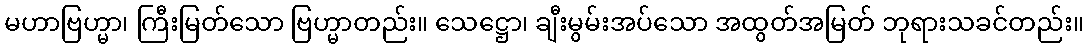
မဟာဗြဟ္မာ၊ ကြီးမြတ်သော ဗြဟ္မာတည်း။ သေဋ္ဌော၊ ချီးမွမ်းအပ်သော အထွတ်အမြတ် ဘုရားသခင်တည်း။